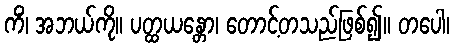
ကိံ၊ အဘယ်ကို။ ပတ္ထယန္တော၊ တောင့်တသည်ဖြစ်၍။ တပေါ၊